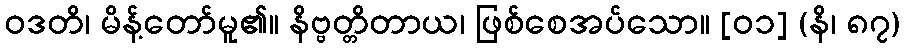
ဝဒတိ၊ မိန့်တော်မူ၏။ နိဗ္ဗတ္တိတာယ၊ ဖြစ်စေအပ်သော။ [၀၁] (နိ၊ ၈၇)